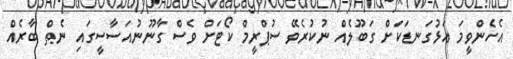
އެހެންވީމަ އަޅުގަނޑަކަށް ގަބޫލެއް ނުކުރެވޭ ސުޕްރީމް ކޯޓަށް ވެސް ގާނޫނުއަސާސީގައި ނެތް ބާރެއް